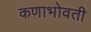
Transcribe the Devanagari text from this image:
कणाभोवती